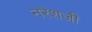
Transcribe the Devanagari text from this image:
नरेशजी